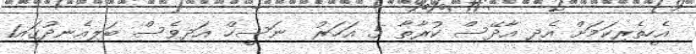
އެހީތެރިކަމަށް އެދި އާދޭސް ކުރާތާ 5 އަހަރު  ނަސީހް އަދިވެސް ބަލިއެނދުގައި1